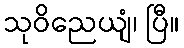
သုဝိညေယျံ၊ ပြီ။